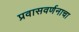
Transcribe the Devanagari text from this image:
प्रवासवर्णनाचा